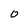
Character: 0